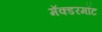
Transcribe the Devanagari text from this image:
मॅक्डरमॉट